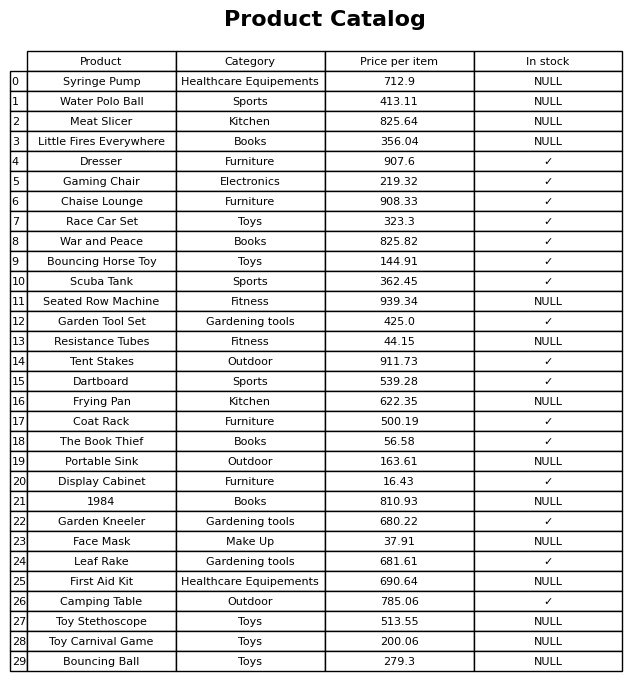
question: Which products are currently out of stock?
answer: Syringe Pump, Water Polo Ball, Meat Slicer, Little Fires Everywhere, Seated Row Machine, Resistance Tubes, Frying Pan, Portable Sink, 1984, Face Mask, First Aid Kit, Toy Stethoscope, Toy Carnival Game, Bouncing Ball